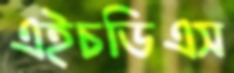
এইচডিএস